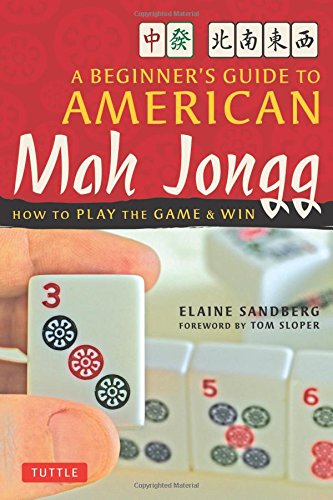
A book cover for Beginner's Guide to American Mah Jongg: How to Play the Game & Win; Elaine Sandberg; Humor & Entertainment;